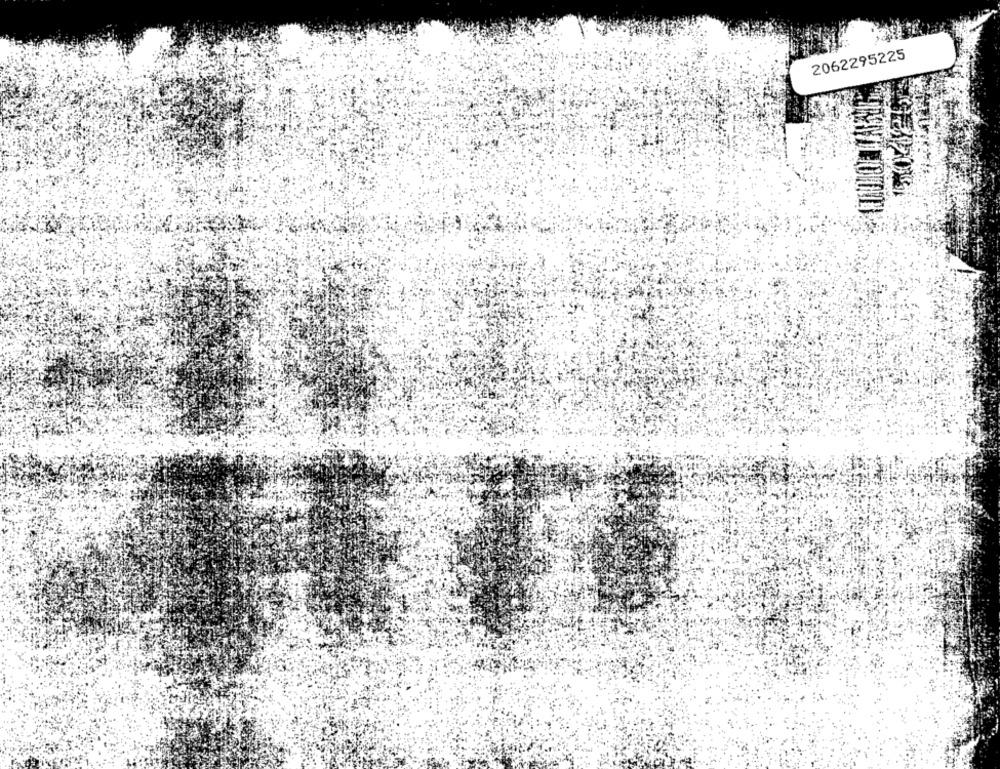
2062295225